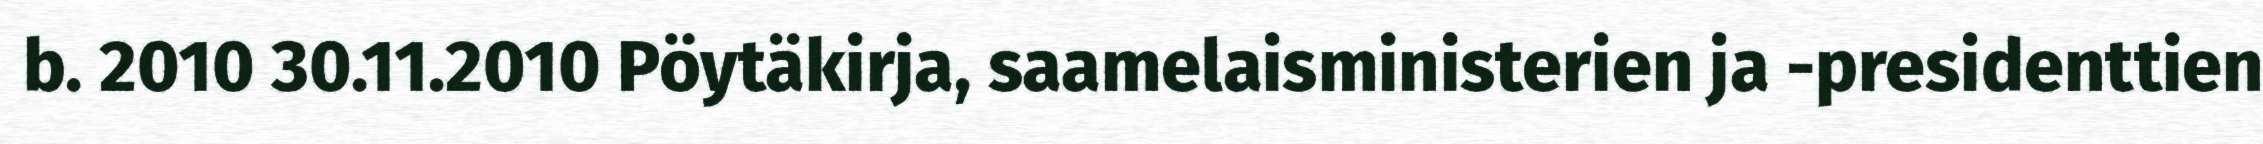
b. 2010 30.11.2010 Pöytäkirja, saamelaisministerien ja -presidenttien